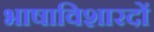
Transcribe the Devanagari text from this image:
भाषाविशारदों